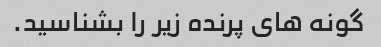
گونه های پرنده زیر را بشناسید.